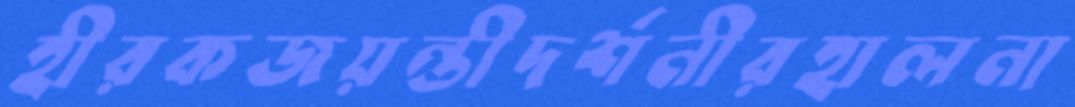
হীরকজয়ন্তীদর্শনীরহালনা